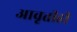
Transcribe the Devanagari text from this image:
आवृत्तीही